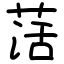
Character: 萿